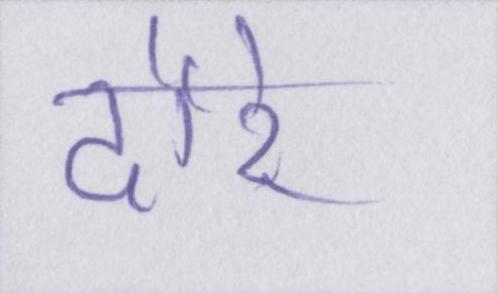
दौरे